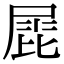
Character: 𡲩